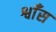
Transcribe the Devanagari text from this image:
श्वाँस